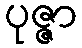
ပုဇ္ဇာ